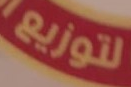
لتوزيع